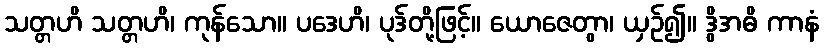
သတ္တဟိ သတ္တဟိ၊ ကုန်သော။ ပဒေဟိ၊ ပုဒ်တို့ဖြင့်။ ယောဇေတွာ၊ ယှဉ်၍။ ဒွိအဓိ ကာနံ